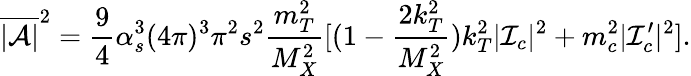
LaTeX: \overline{{{|{\cal A}|}}}^{2}=\frac{9}{4}\alpha_{s}^{3}(4\pi)^{3}\pi^{2}s^{2}\frac{m_{T}^{2}}{M_{X}^{2}}[(1-\frac{2k_{T}^{2}}{M_{X}^{2}})k_{T}^{2}|{\cal I}_{c}|^{2}+m_{c}^{2}|{\cal I}_{c}^{\prime}|^{2}].